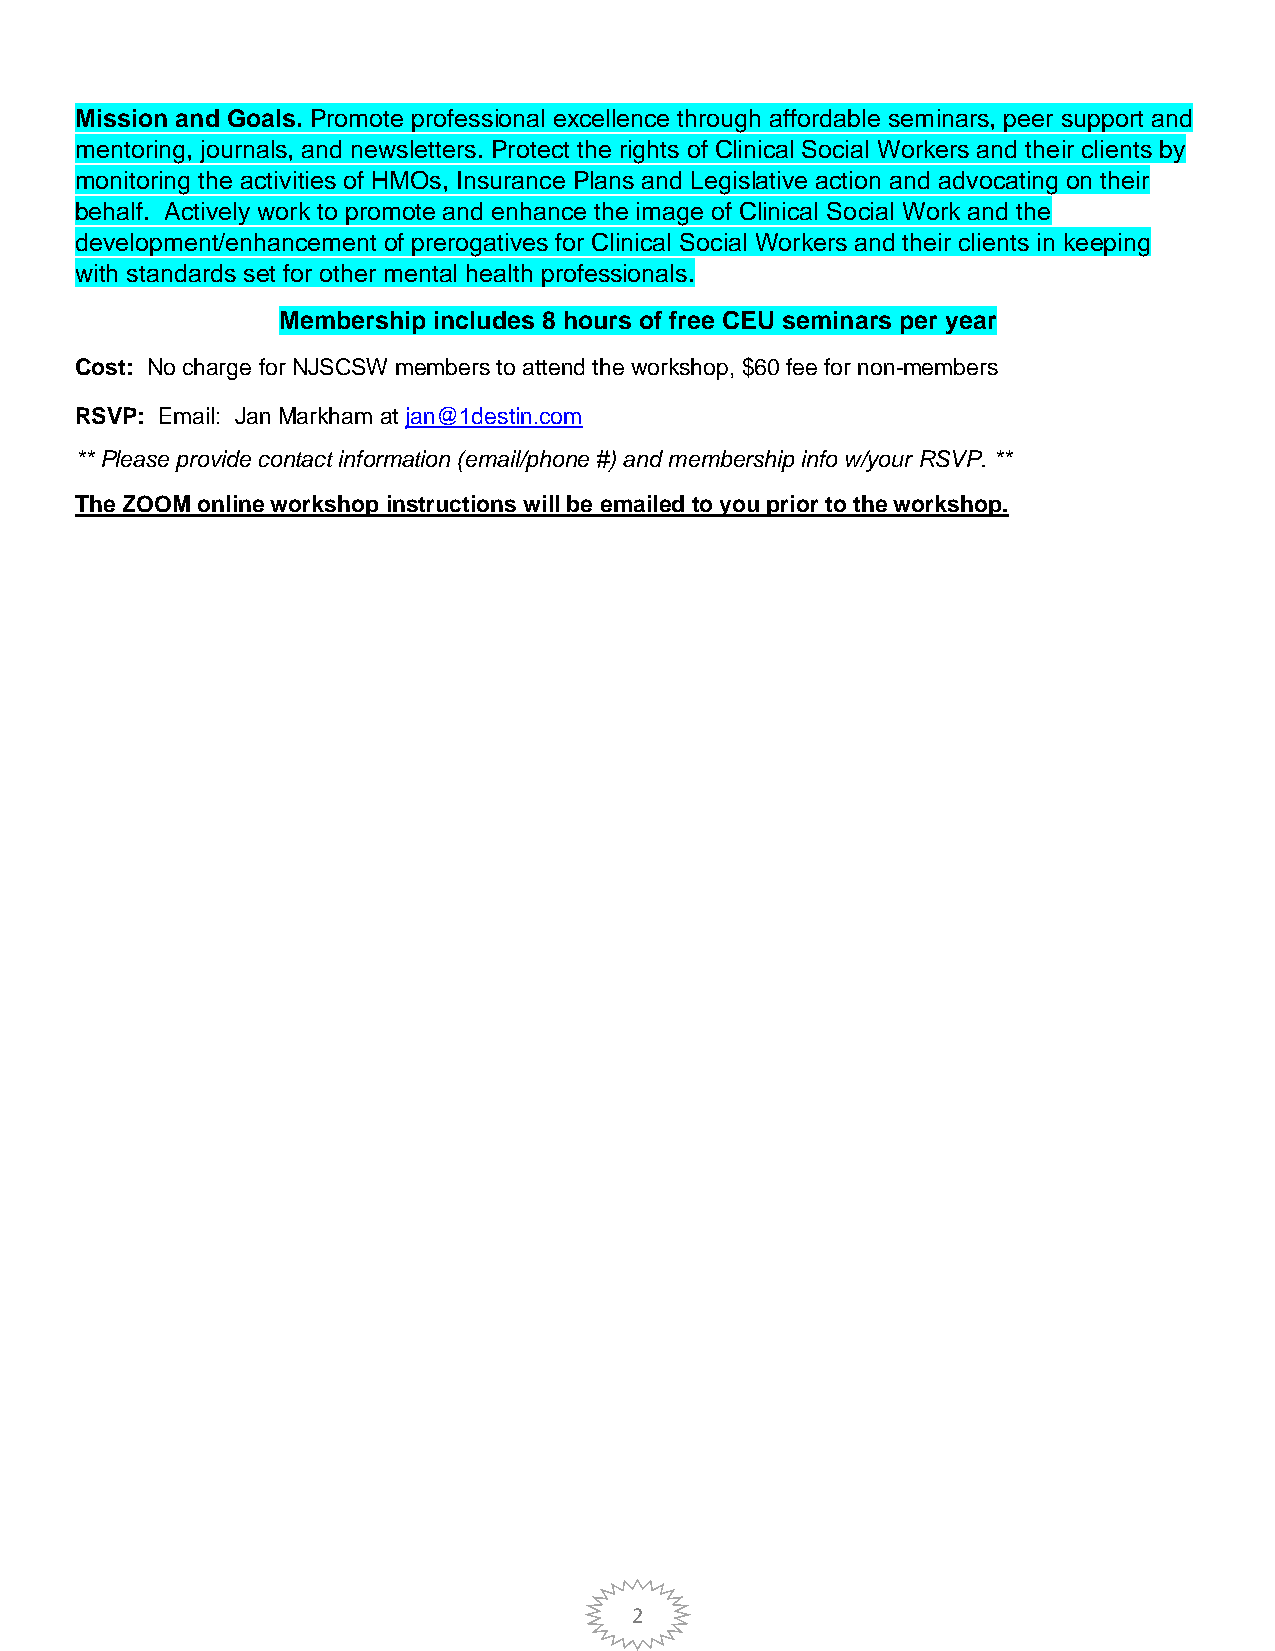
Mission and Goals. Promote professional excellence through affordable seminars, peer support and
 mentoring, journals, and newsletters. Protect the rights of Clinical Social Workers and their clients by
 monitoring the activities of HMOs, Insurance Plans and Legislative action and advocating on their
 behalf. Actively work to promote and enhance the image of Clinical Social Work and the
 development/enhancement of prerogatives for Clinical Social Workers and their clients in keeping
 with standards set for other mental health professionals.
 Membership includes 8 hours of free CEU seminars per year
 Cost: No charge for NJSCSW members to attend the workshop, $60 fee for non-members
 RSVP: Email: Jan Markham at jan@1destin.com
 ** Please provide contact information (email/phone #) and membership info w/your RSVP. **
 The ZOOM online workshop instructions will be emailed to you prior to the workshop.
 2